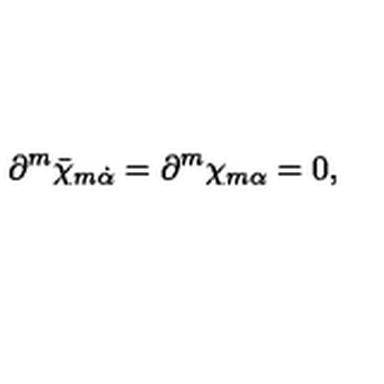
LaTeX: \partial ^ { m } \bar { \chi } _ { m \dot { \alpha } } = \partial ^ { m } \chi _ { m \alpha } = 0 ,